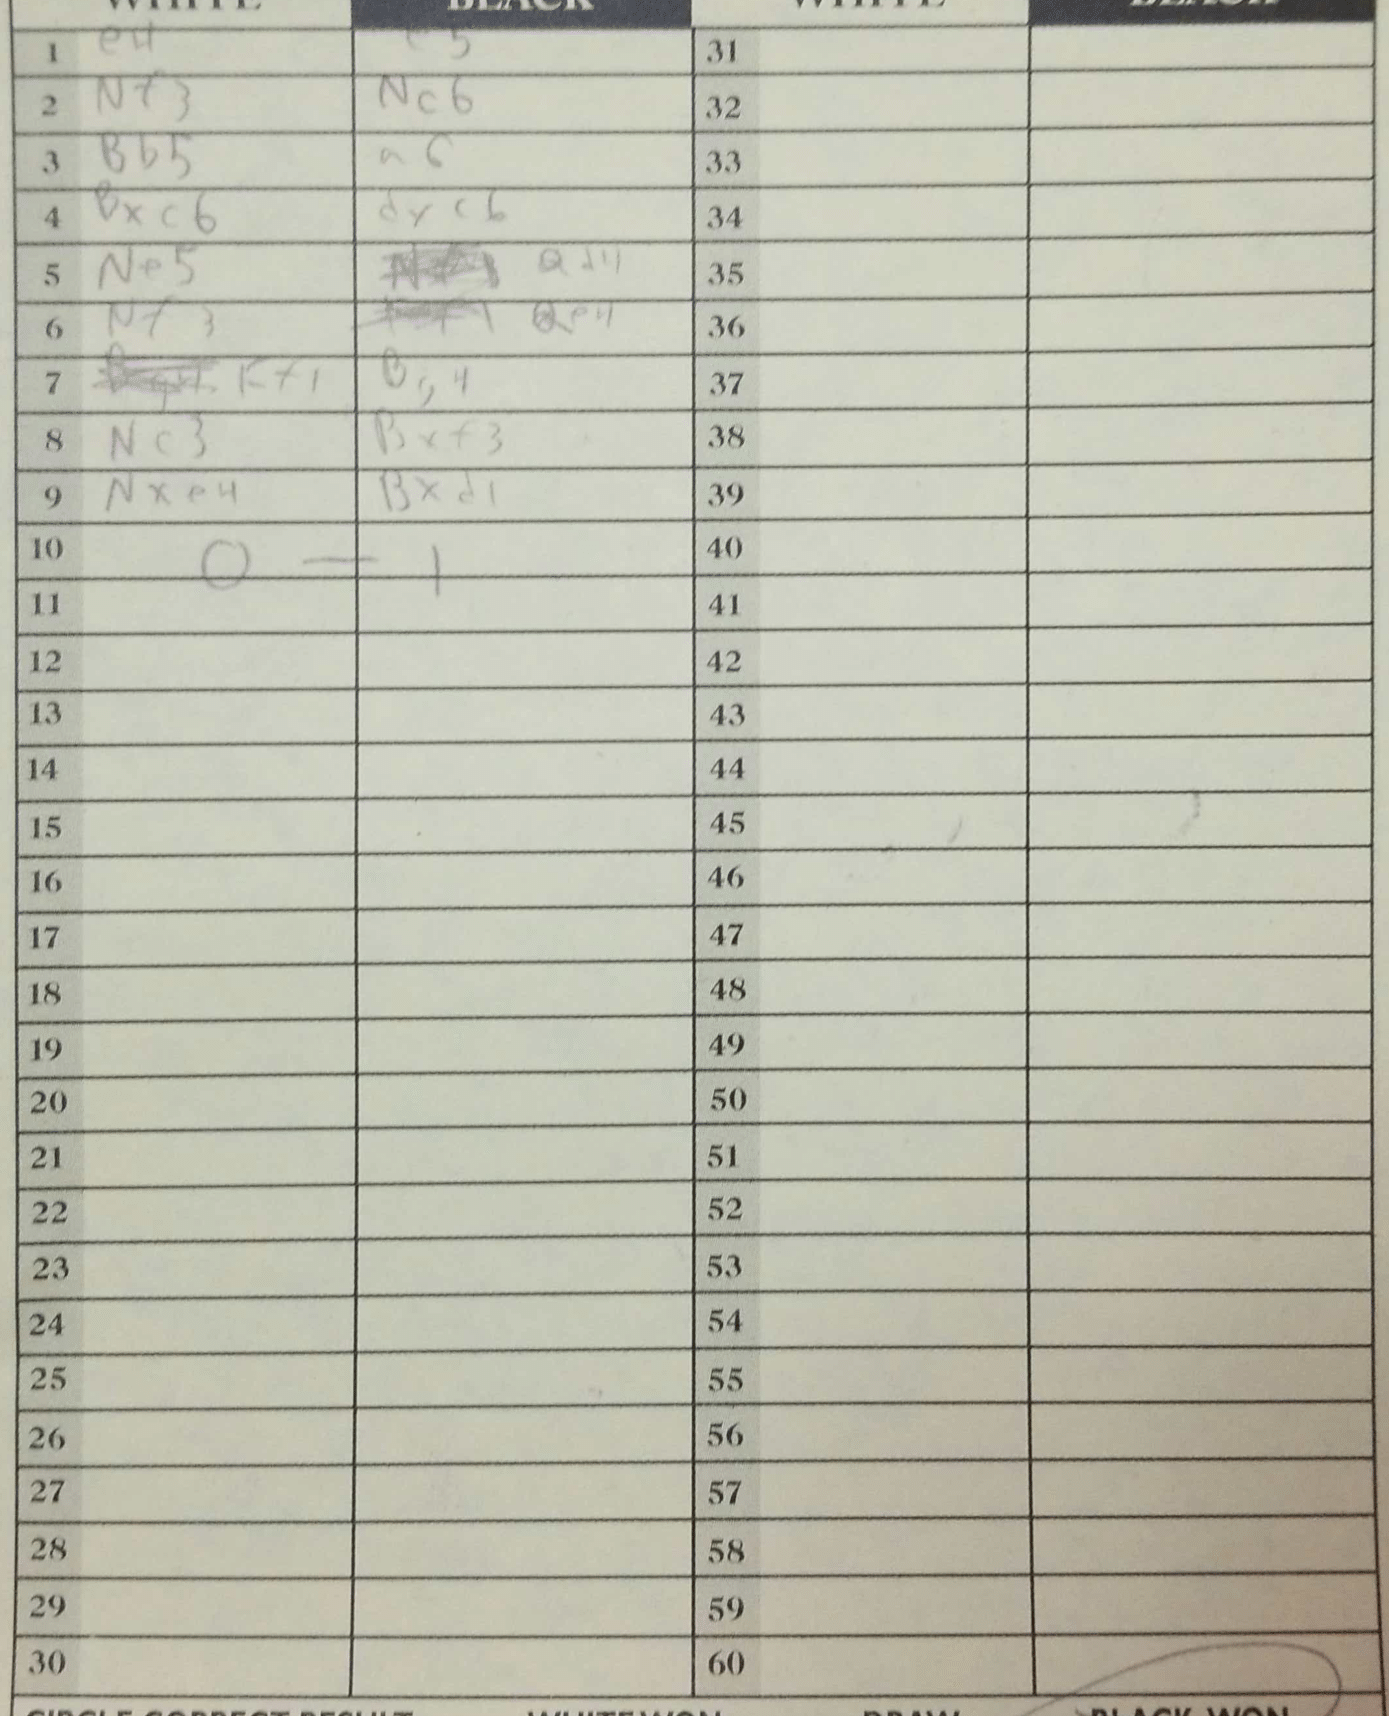
Moves: e4 e5 Nf3 Nc6 Bb5 a6 Bxc6 dxc6 Ne5 Qd4 Nf3 Qe4 Kf1 Bg4 Nc3 Bxf3 Nxe4 Bxd1